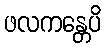
ဖလကန္တေပိ